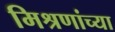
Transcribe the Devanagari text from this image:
मिश्रणांच्या